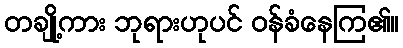
တချို့ကား ဘုရားဟုပင် ဝန်ခံနေကြ၏။